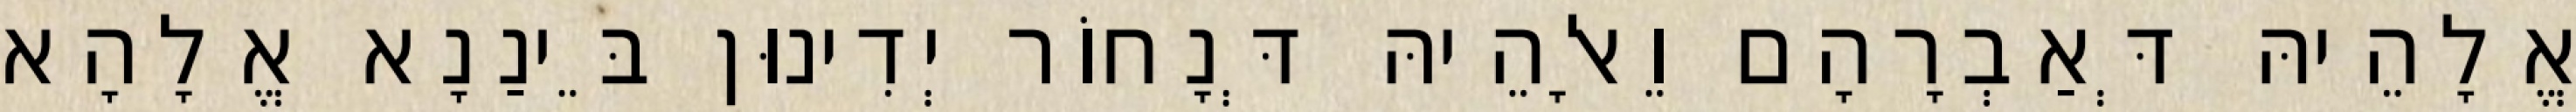
אֱלָהֵיהּ דְּאַבְרָהָם וֵאלָהֵיהּ דְּנָחוֹר יְדִינוּן בֵּינַנָא אֱלָהָא